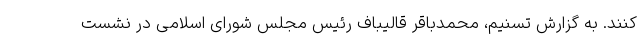
کنند. به گزارش تسنیم، محمدباقر قالیباف رئیس مجلس شورای اسلامی در نشست